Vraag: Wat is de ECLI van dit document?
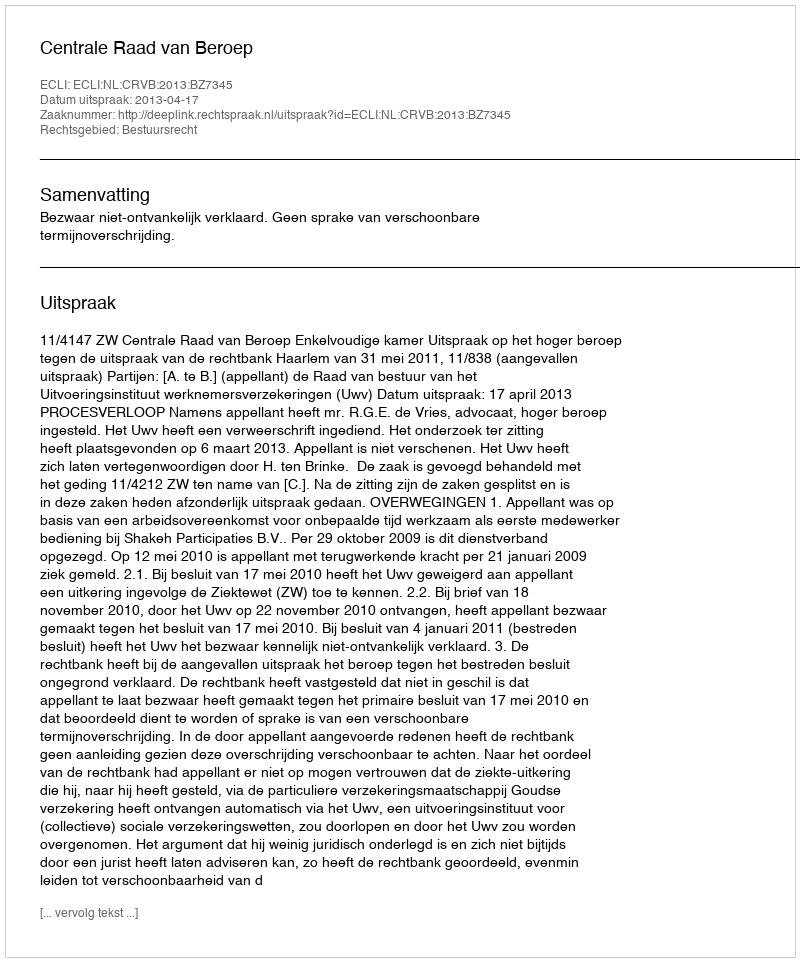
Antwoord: ECLI:NL:CRVB:2013:BZ7345